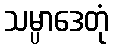
သမ္ပာဒေတုံ